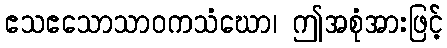
ဧသဧသောသာဝကသံဃော၊ ဤအစုံအားဖြင့်